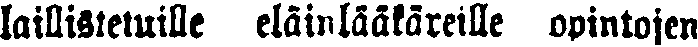
laillistetuille eläinlääkäreille opintojen